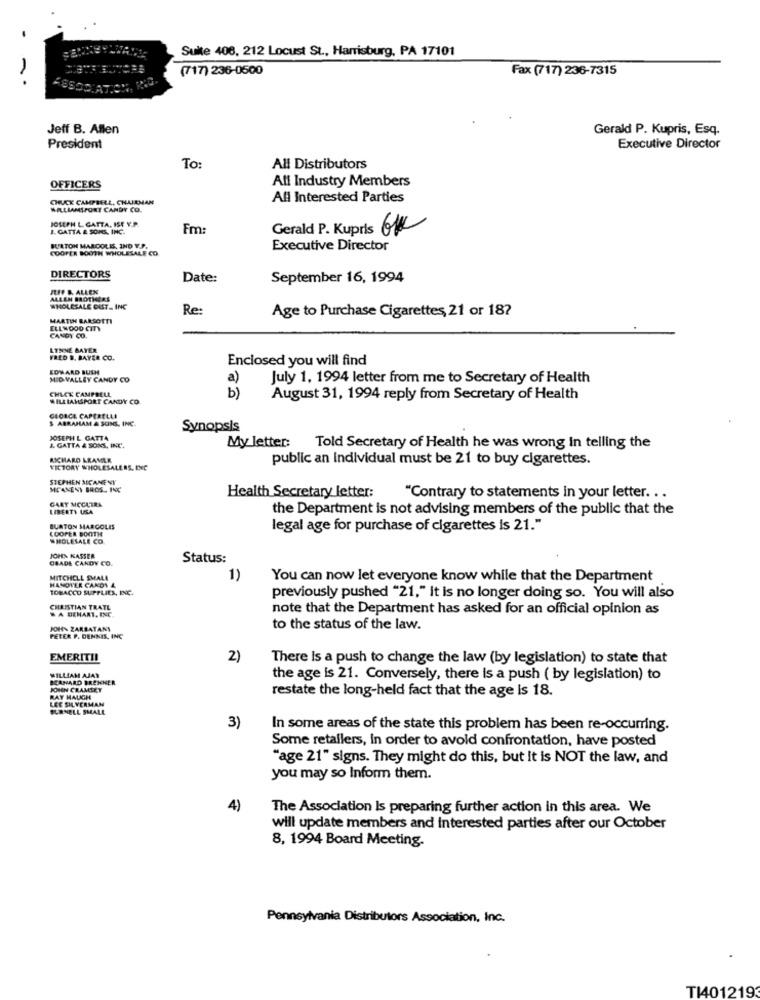
Suite 406, 212 Locust St ., Harrisburg, PA 17101
(717) 236-0500
Fax (717) 236-7315
Jeff B. Allen
Gerald P. Kupris, Esq.
President
Executive Director
To:
All Distributors
Alt Industry Members
OFFICERS
CHUCK CAMPBELL, CHAIRMAN
All Interested Parties
WILLIAMSPORT CANDY CO.
JOSEPH L. GATTA, IST Y.P.
I. GATTA & SONS, INC.
Fm:
Gerald P. Kupris OK
COOPER BOOTH WHOLESALE CO
BURTON MARCORIS, IND V.P.
Executive Director
DIRECTORS
Date:
September 16, 1994
JEFF &. ALLEX
ALLEN BROTHERS
WHOLESALE DAST_ ING
Re:
Age to Purchase Cigarettes, 21 or 18?
MARTIN BARSOTTI
ELL WOOD CITY
CANDY CO.
LENNE BAYER
VRED #, BAYER CO.
Enclosed you will find
EDWARD BUSH
MIDVALLEY CANDY CO
a)
July 1, 1994 letter from me to Secretary of Health
CHUCK CAMPBELL
WILLIAMSPORT CANDY CO.
b)
August 31, 1994 reply from Secretary of Health
GEORGE CAPERELLA
S ABRAHAM & SONS, INC.
Synopsis
JOSEPH L. GATTA
My letter:
J. GATTA & SONS, INC.
Told Secretary of Health he was wrong In telling the
RICHARD KRAMER
public an individual must be 21 to buy cigarettes.
VICTORY WHOLESALERS, INC
STEPHEN MCAMENY
MEANENI BROS. 14C
GARY MCCLTRA
Health Secretary letter:
"Contrary to statements in your letter. ..
LIBERTY USA
the Department is not advising members of the public that the
BURTON MARGOLIS
LOOPER BOOTH
legal age for purchase of cigarettes is 21."
WHOLESALE CO
CBADE CAKDY CO.
JOHN KASSER
Status:
MITCHELL SMALL
HANOTER CANDY 4
1)
You can now let everyone know while that the Department
TOBACCO SUPPLIES, INC.
previously pushed "21," it is no longer doing so. You will also
CHRISTIAN TRATL
A DEMART, INC.
note that the Department has asked for an official opinion as
JOH- ZARBATANI
to the status of the law.
PETER P. DENNIS, INC
EMERITII
2)
There Is a push to change the law (by legislation) to state that
WILLIAM AJAY
BERNARD BRENNER
the age is 21. Conversely, there is a push ( by legislation) to
JOHN CRAMIET
restate the long-held fact that the age Is 18.
RAY HAUCH
LEE SILLYERMAM
BURNELL SMALL
3)
In some areas of the state this problem has been re-occurring.
Some retailers, In order to avoid confrontation, have posted
"age 21" signs. They might do this, but it is NOT the law, and
you may so Inform them.
4)
The Association Is preparing further action in this area. We
will update members and interested parties after our October
8, 1994 Board Meeting.
Pennsylvania Distributors Association, Inc.
T1401219